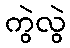
ကွဲလွဲ